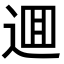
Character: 逥